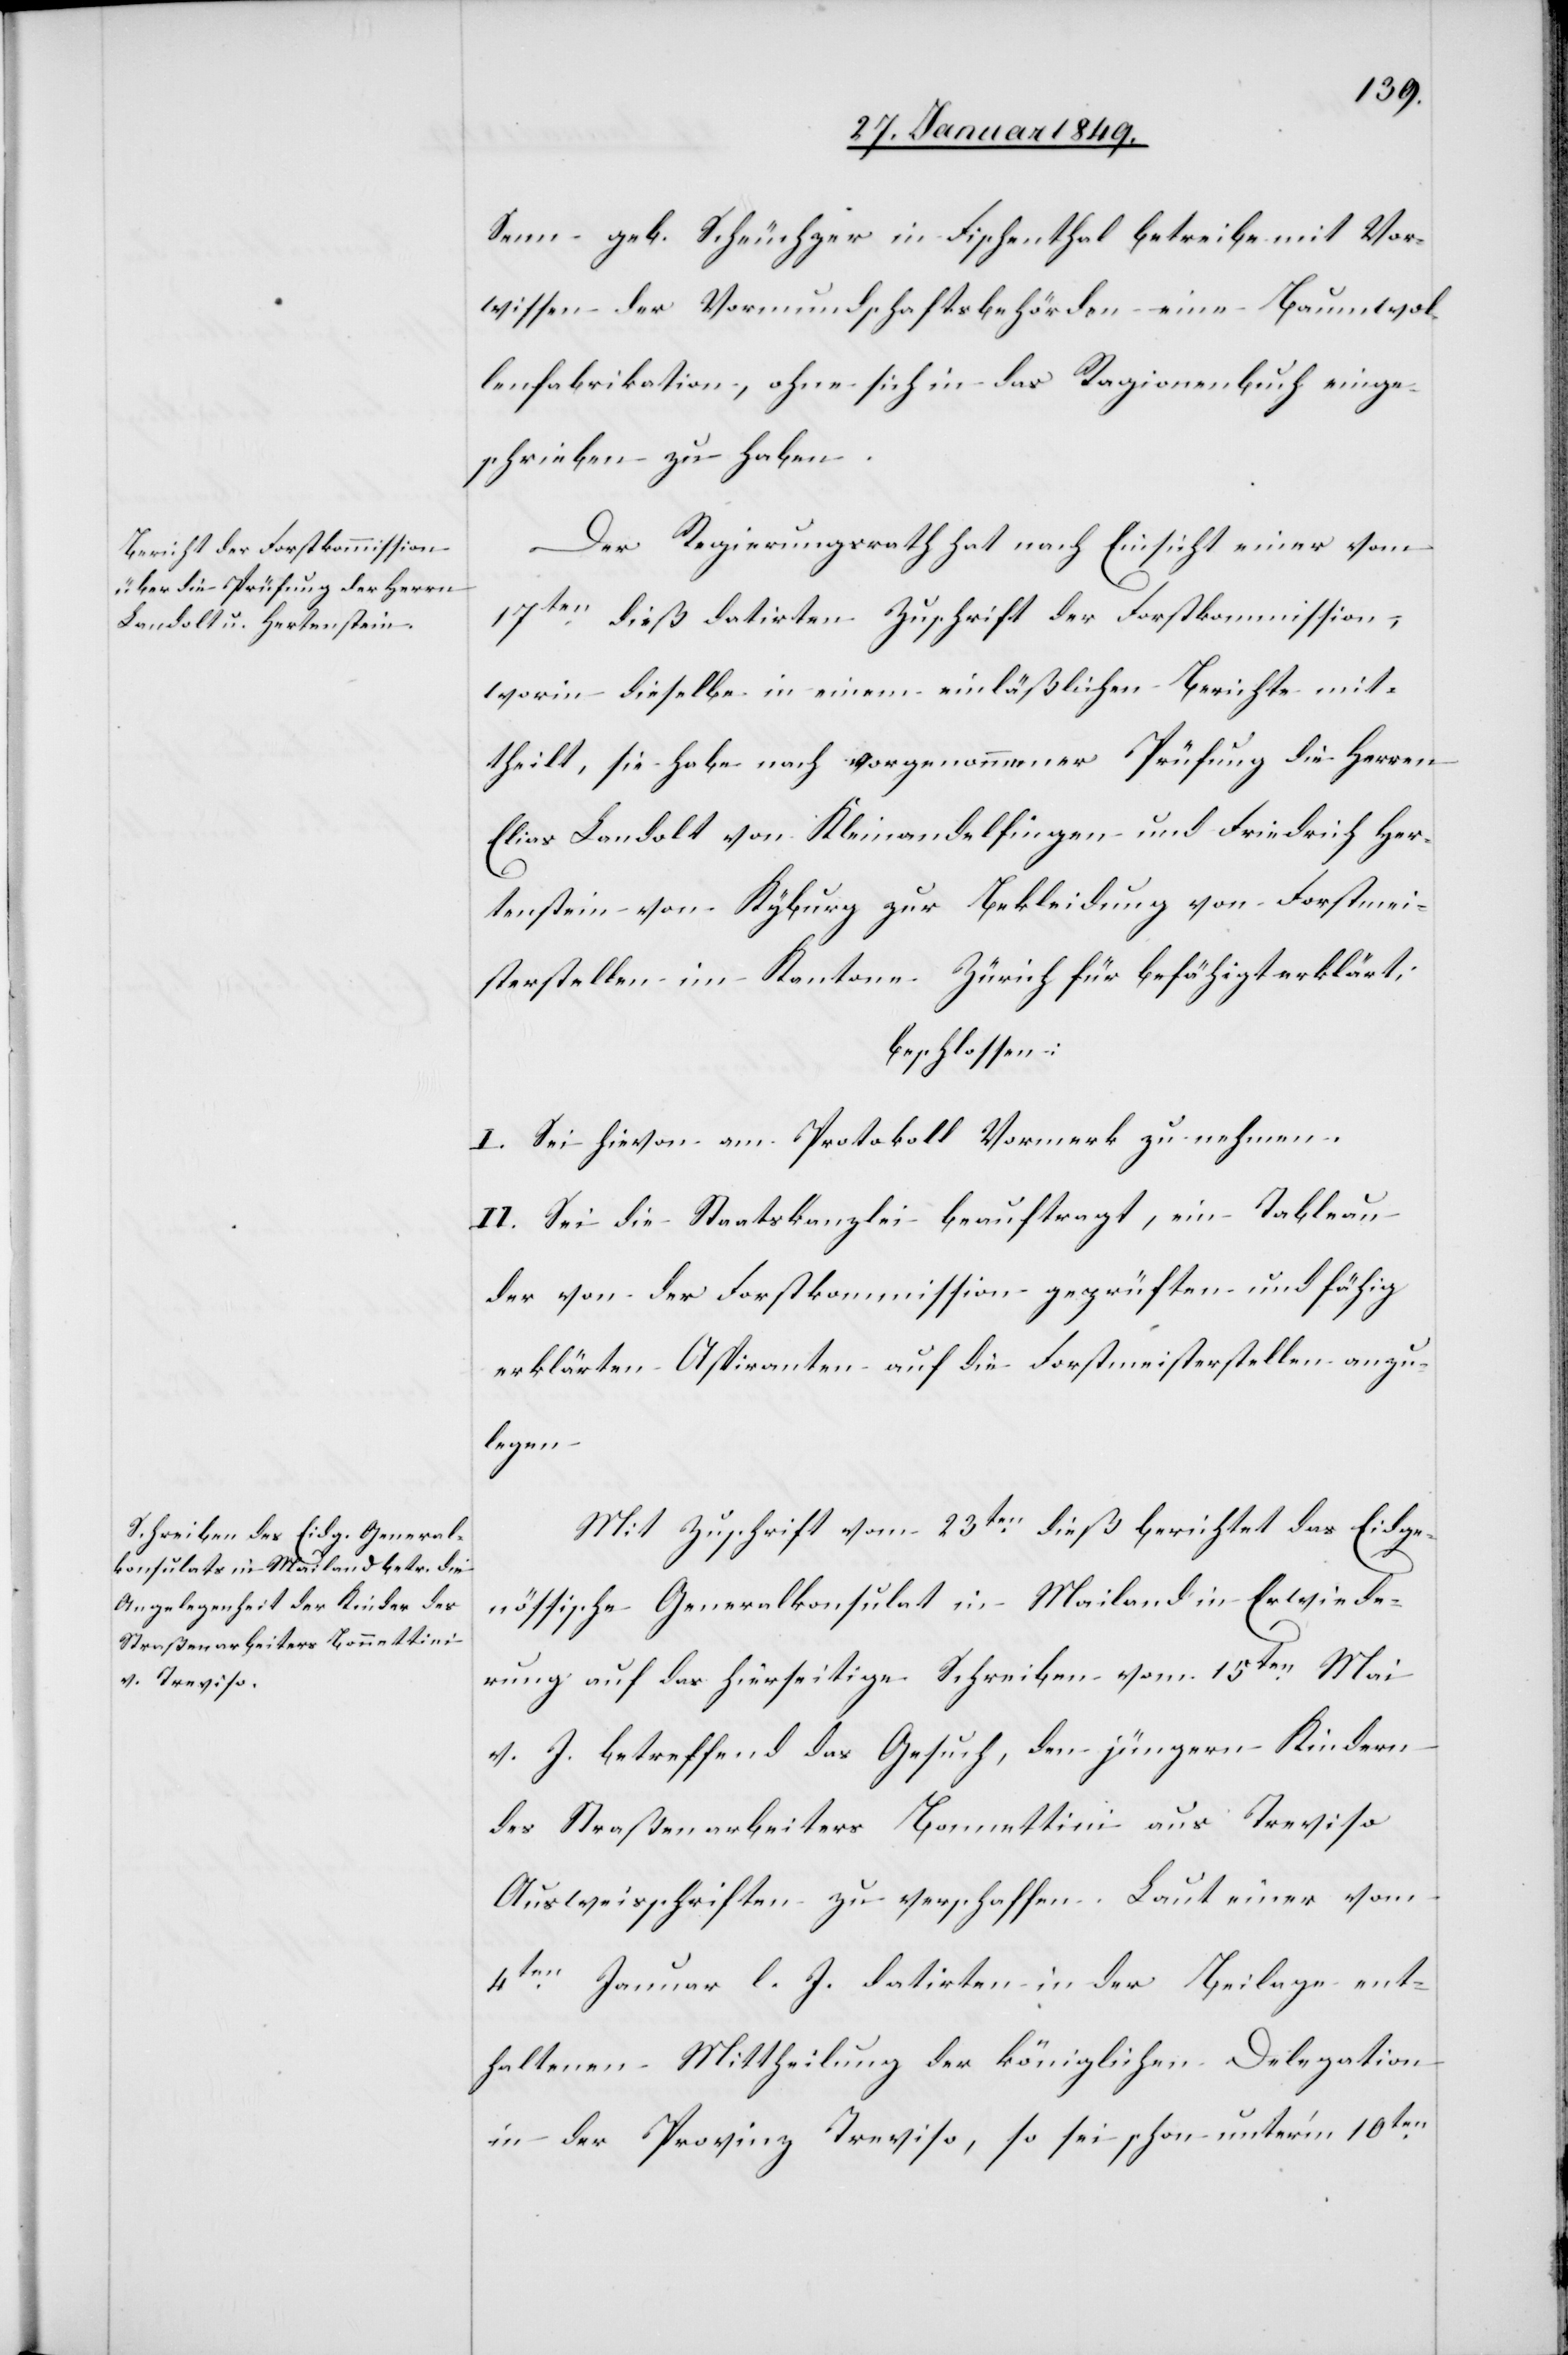
Senn geb. Scheuchzer in Fischenthal betreibe mit Vor¬
wissen der Vormundschaftsbehörde eine Baumwol¬
lenfabrikation, ohne sich in das Ragionenbuch einge¬
schrieben zu haben.
Der Regierungsrath hat nach Einsicht einer vom
17ten. dieß datirten Zuschrift der Forstkommission,
worin dieselbe in einem einläßlichen Berichte mit¬
theilt, sie habe nach vorgenommener Prüfung die Herren
Elias Landolt von Kleinandelfingen und Friedrich Her¬
tenstein von Kyburg zur Bekleidung von Forstmei¬
sterstellen im Kanton Zürich für befähigt erklärt;
beschlossen:
I. Sei hievon am Protokoll Vormerk zu nehmen.
II. Sei die Staatskanzlei beauftragt, ein Tableau
der von der Forstkommission geprüften und fähig
erklärten Aspiranten auf die Forstmeisterstellen anzu¬
legen[.]
Mit Zuschrift vom 23ten. dieß berichtet das Eidge¬
nössische Generalkonsulat in Mailand in Erwiede¬
rung auf das hierseitige Schreiben vom 15ten. Mai
v. J. betreffend das Gesuch, den jüngern Kindern
des Straßenarbeiters Bonnettini aus Treviso
Ausweisschriften zu verschaffen. Laut einer vom
4ten. Januar l. J. datirten in der Beilage ent¬
haltenen Mittheilung der königlichen Delegation
in der Provinz Treviso, so sei schon unter’m 10ten.